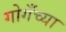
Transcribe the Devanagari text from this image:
गोगँच्या